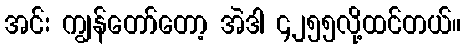
အင်း ကျွန်တော်တော့ အဲဒါ ၄၂၅၅လို့ထင်တယ်။